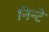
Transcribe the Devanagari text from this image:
निन्टे